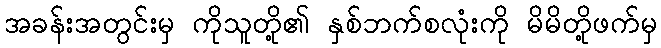
အခန်းအတွင်းမှ ကိုသူတို့၏ နှစ်ဘက်စလုံးကို မိမိတို့ဖက်မှ